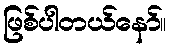
ဖြစ်ပါတယ်နော်။